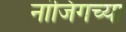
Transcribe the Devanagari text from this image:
नांजिंगच्या